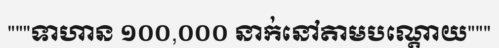
"""ទាហាន ១០០,០០០ នាក់នៅតាមបណ្តោយ"""